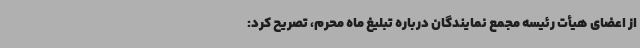
از اعضای هیأت رئیسه مجمع نمایندگان درباره تبلیغ ماه محرم، تصریح کرد: